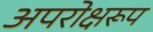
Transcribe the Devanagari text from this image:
अपरोक्षरूप